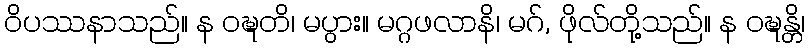
ဝိပဿနာသည်။ န ဝဍ္ဎတိ၊ မပွား။ မဂ္ဂဖလာနိ၊ မဂ်, ဖိုလ်တို့သည်။ န ဝဍ္ဎန္တိ၊